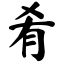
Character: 肴